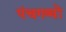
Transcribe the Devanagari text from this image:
पंचगव्यों